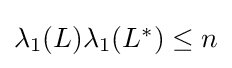
{\textstyle \lambda _{1}(L)\lambda _{1}(L^{*})\leq n}